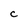
Character: C